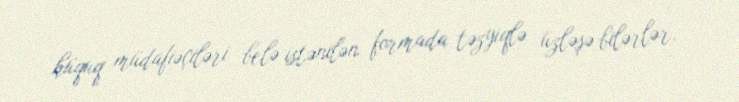
hüquq müdafiəçiləri belə istənilən formada təzyiqlə üzləşə bilərlər.